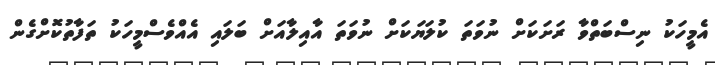
އެމީހަކު ނިސްބަތްވާ ރަށަކަށް ނުވަތަ ކުލަޔަކަށް ނުވަތަ އާއިލާއަށް ބަލައި އެއްވެސްމީހަކު ތަފާތުކޮށްގެން